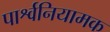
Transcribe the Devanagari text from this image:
पार्श्वनियामक